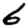
Digit: 6